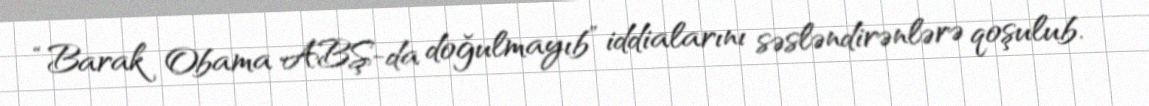
“Barak Obama ABŞ-da doğulmayıb” iddialarını səsləndirənlərə qoşulub.